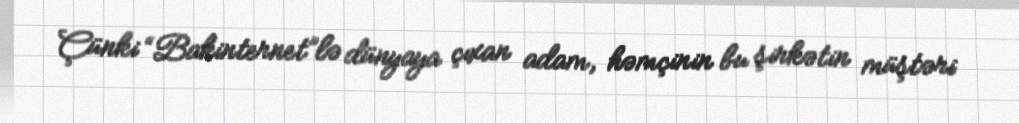
Çünki “Bakinternet”lə dünyaya çıxan adam, həmçinin bu şirkətin müştəri